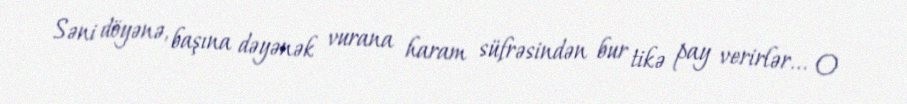
Səni döyənə, başına dəyənək vurana haram süfrəsindən bur tikə pay verirlər... O